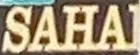
SAHAI